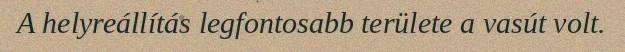
A helyreállítás legfontosabb területe a vasút volt.